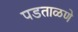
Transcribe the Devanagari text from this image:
पडताळणे